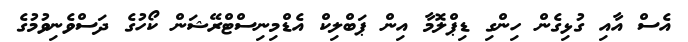
އެސް އާއި ގުޅިގެން ހިންގި ޑިޕްލޮމާ އިން ޕަބްލިކް އެޑްމިނިސްޓްރޭޝަން ކޯހުގެ ދަސްވެނިވުމުގެ